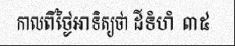
កាលពីថ្ងៃអាទិត្យថា ដីទំហំ ៣៥